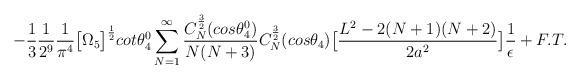
LaTeX: \begin{align*}-\frac{1}{3}\frac{1}{2^{9}}\frac{1}{\pi^4}\big{[}\Omega_5\big{]}^{\frac{1}{2}}cot{\theta_4^0}\sum_{N=1}^{\infty}\frac{C_N^{\frac{3}{2}}(cos{\theta_4^0})}{N(N + 3)}C_N^{\frac{3}{2}}(cos{\theta_4})\big{[}\frac{L^2 - 2(N + 1)(N + 2)}{2a^{2}}\big{]}\frac{1}{\epsilon} + F. T.\end{align*}